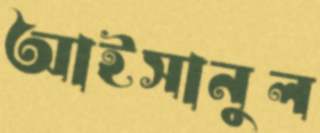
আইসানুল